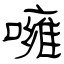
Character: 噰